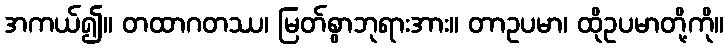
အကယ်၍။ တထာဂတဿ၊ မြတ်စွာဘုရားအား။ တာဥပမာ၊ ထိုဥပမာတို့ကို။